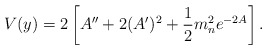
\begin{align*}V(y)=2\left[A^{\prime\prime}+2(A^{\prime})^2+{1\over 2}m^2_ne^{-2A}\right].\end{align*}